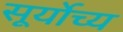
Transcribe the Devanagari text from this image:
सूर्योच्य